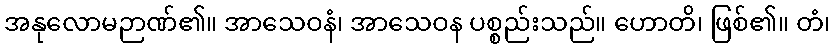
အနုလောမဉာဏ်၏။ အာသေဝနံ၊ အာသေဝန ပစ္စည်းသည်။ ဟောတိ၊ ဖြစ်၏။ တံ၊